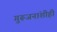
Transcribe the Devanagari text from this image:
गुरूजनांशीही